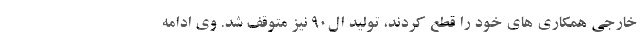
خارجی همکاری های خود را قطع کردند، تولید ال۹۰ نیز متوقف شد. وی ادامه